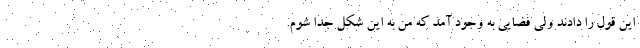
این قول را دادند ولی فضایی به وجود آمد که من به این شکل جدا شوم.